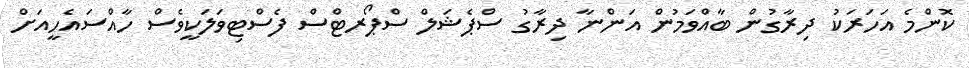
ކޮންމެ އަހަރަކު ދިރާގުން ބާއްވަމުން އަންނާ ދިރާގު ސްޕެޝަލް ސްޕޯރޓްސް ފެސްޓިވަލަކީވެސް ހާއްސައެހީއަށް